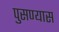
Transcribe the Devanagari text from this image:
पुसण्यास